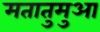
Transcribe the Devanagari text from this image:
मतातुमुआ